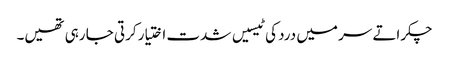
چکراتے سر میں درد کی ٹیسیں شدت اختیار کرتی جا رہی تھیں۔